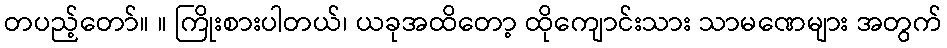
တပည့်တော်။ ။ ကြိုးစားပါတယ်၊ ယခုအထိတော့ ထိုကျောင်းသား သာမဏေများ အတွက်